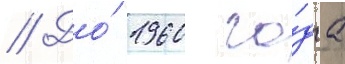
// До́ 1960 го́да